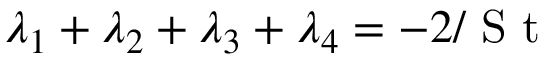
\lambda _ { 1 } + \lambda _ { 2 } + \lambda _ { 3 } + \lambda _ { 4 } = - 2 / \textrm { S t }